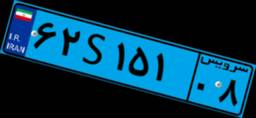
۹۹S۰۴۵۶۳